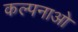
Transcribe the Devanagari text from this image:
कल्पनाओ